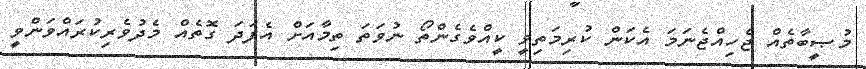
މުޞީބާތެއް ޖެހިއްޖެނަމަ އެކަން ކުރިމަތިވީ ކީއްވެގެންތޯ ނުވަތަ ތިމާއަށް އެފަދަ ގޮތެއް މެދުވެރިކުރައްވަންވީ